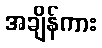
အချိန်ကား